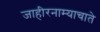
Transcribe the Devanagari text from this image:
जाहीरनाम्याचाते